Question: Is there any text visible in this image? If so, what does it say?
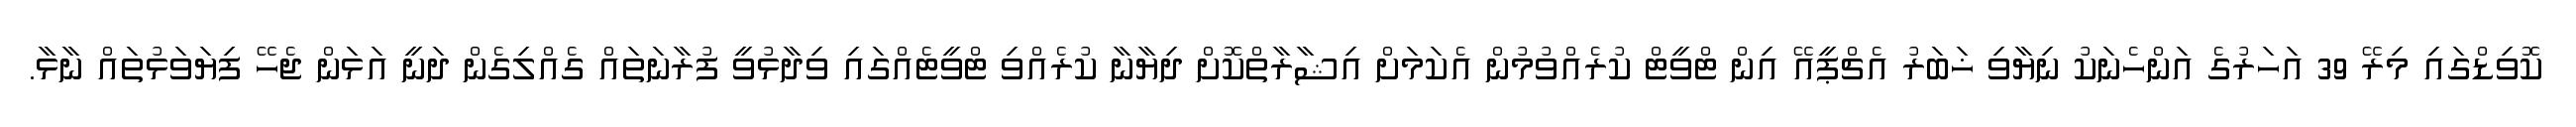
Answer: ކޮވިޑްގައި މިރޭ 39 އަހަރުގެ އަންހެނަކު ނިޔާވި ޚަބަރު އެޗްޕީއޭ އިން ޓްވީޓް ކުރެއްވުމުން އެކަމަށް އިޝާރާތްކޮށް ދިޔާނާ ކުރެއްވި ޓްވީޓެއްގައި ވިދާޅުވީ ފުރާނަތައް ގެއްލިގެން ދަނީ އަޅަން ޖެހޭ ފިޔަވަޅުތައް ނާޅާ.